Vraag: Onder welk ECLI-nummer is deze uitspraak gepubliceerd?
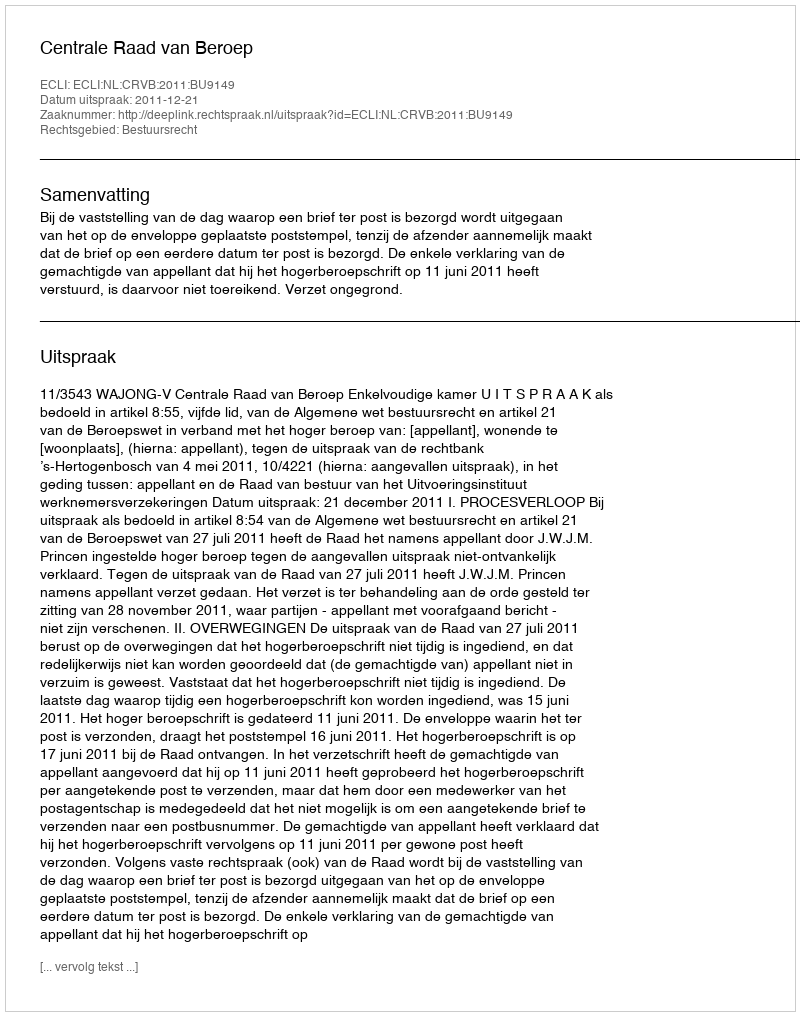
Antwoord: ECLI:NL:CRVB:2011:BU9149